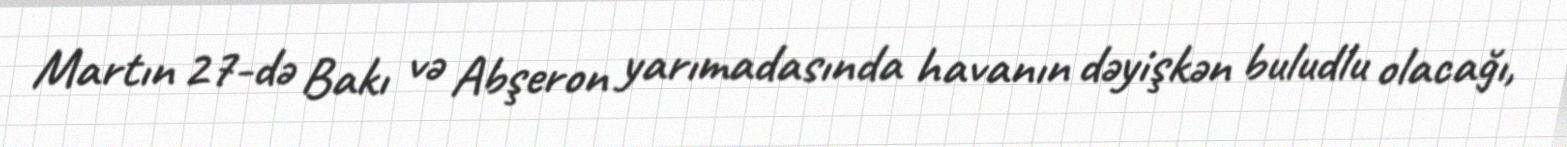
Martın 27-də Bakı və Abşeron yarımadasında havanın dəyişkən buludlu olacağı,